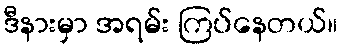
ဒီနားမှာ အရမ်း ကြပ်နေတယ်။